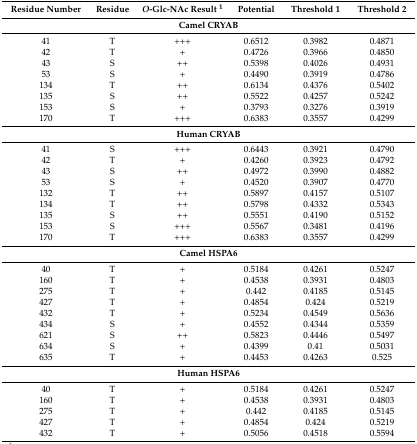
<table><thead><tr><td><b>Residue Number</b></td><td><b>Residue</b></td><td><b><i>O</i>-Glc-NAc Result <sup>1</sup></b></td><td><b>Potential</b></td><td><b>Threshold 1</b></td><td><b>Threshold 2</b></td></tr></thead><tbody><tr><td colspan="6"><b>Camel CRYAB</b></td></tr><tr><td>41</td><td>T</td><td>+++</td><td>0.6512</td><td>0.3982</td><td>0.4871</td></tr><tr><td>42</td><td>T</td><td>+</td><td>0.4726</td><td>0.3966</td><td>0.4850</td></tr><tr><td>43</td><td>S</td><td>++</td><td>0.5398</td><td>0.4026</td><td>0.4931</td></tr><tr><td>53</td><td>S</td><td>+</td><td>0.4490</td><td>0.3919</td><td>0.4786</td></tr><tr><td>134</td><td>T</td><td>++</td><td>0.6134</td><td>0.4376</td><td>0.5402</td></tr><tr><td>135</td><td>S</td><td>++</td><td>0.5522</td><td>0.4257</td><td>0.5242</td></tr><tr><td>153</td><td>S</td><td>+</td><td>0.3793</td><td>0.3276</td><td>0.3919</td></tr><tr><td>170</td><td>T</td><td>+++</td><td>0.6383</td><td>0.3557</td><td>0.4299</td></tr><tr><td colspan="6"><b>Human CRYAB</b></td></tr><tr><td>41</td><td>S</td><td>+++</td><td>0.6443</td><td>0.3921</td><td>0.4790</td></tr><tr><td>42</td><td>T</td><td>+</td><td>0.4260</td><td>0.3923</td><td>0.4792</td></tr><tr><td>43</td><td>S</td><td>++</td><td>0.4972</td><td>0.3990</td><td>0.4882</td></tr><tr><td>53</td><td>S</td><td>+</td><td>0.4520</td><td>0.3907</td><td>0.4770</td></tr><tr><td>132</td><td>T</td><td>++</td><td>0.5897</td><td>0.4157</td><td>0.5107</td></tr><tr><td>134</td><td>T</td><td>++</td><td>0.5798</td><td>0.4332</td><td>0.5343</td></tr><tr><td>135</td><td>S</td><td>++</td><td>0.5551</td><td>0.4190</td><td>0.5152</td></tr><tr><td>153</td><td>S</td><td>+++</td><td>0.5567</td><td>0.3481</td><td>0.4196</td></tr><tr><td>170</td><td>T</td><td>+++</td><td>0.6383</td><td>0.3557</td><td>0.4299</td></tr><tr><td colspan="6"><b>Camel HSPA6</b></td></tr><tr><td>40</td><td>T</td><td>+</td><td>0.5184</td><td>0.4261</td><td>0.5247</td></tr><tr><td>160</td><td>T</td><td>+</td><td>0.4538</td><td>0.3931</td><td>0.4803</td></tr><tr><td>275</td><td>T</td><td>+</td><td>0.442</td><td>0.4185</td><td>0.5145</td></tr><tr><td>427</td><td>T</td><td>+</td><td>0.4854</td><td>0.424</td><td>0.5219</td></tr><tr><td>432</td><td>T</td><td>+</td><td>0.5234</td><td>0.4549</td><td>0.5636</td></tr><tr><td>434</td><td>S</td><td>+</td><td>0.4552</td><td>0.4344</td><td>0.5359</td></tr><tr><td>621</td><td>S</td><td>++</td><td>0.5823</td><td>0.4446</td><td>0.5497</td></tr><tr><td>634</td><td>S</td><td>+</td><td>0.4399</td><td>0.41</td><td>0.5031</td></tr><tr><td>635</td><td>T</td><td>+</td><td>0.4453</td><td>0.4263</td><td>0.525</td></tr><tr><td colspan="6"><b>Human HSPA6</b></td></tr><tr><td>40</td><td>T</td><td>+</td><td>0.5184</td><td>0.4261</td><td>0.5247</td></tr><tr><td>160</td><td>T</td><td>+</td><td>0.4538</td><td>0.3931</td><td>0.4803</td></tr><tr><td>275</td><td>T</td><td>+</td><td>0.442</td><td>0.4185</td><td>0.5145</td></tr><tr><td>427</td><td>T</td><td>+</td><td>0.4854</td><td>0.424</td><td>0.5219</td></tr><tr><td>432</td><td>T</td><td>+</td><td>0.5056</td><td>0.4518</td><td>0.5594</td></tr></tbody></table>